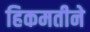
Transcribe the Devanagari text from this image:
हिकमतीने